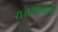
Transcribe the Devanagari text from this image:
यजमानांनी